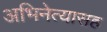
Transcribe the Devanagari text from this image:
अभिनेत्यासह